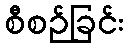
စီစဉ်ခြင်း